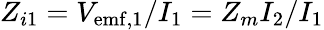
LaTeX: Z_{i1}=V_{\mathrm{emf,1}}/I_{1}=Z_{m}I_{2}/I_{1}